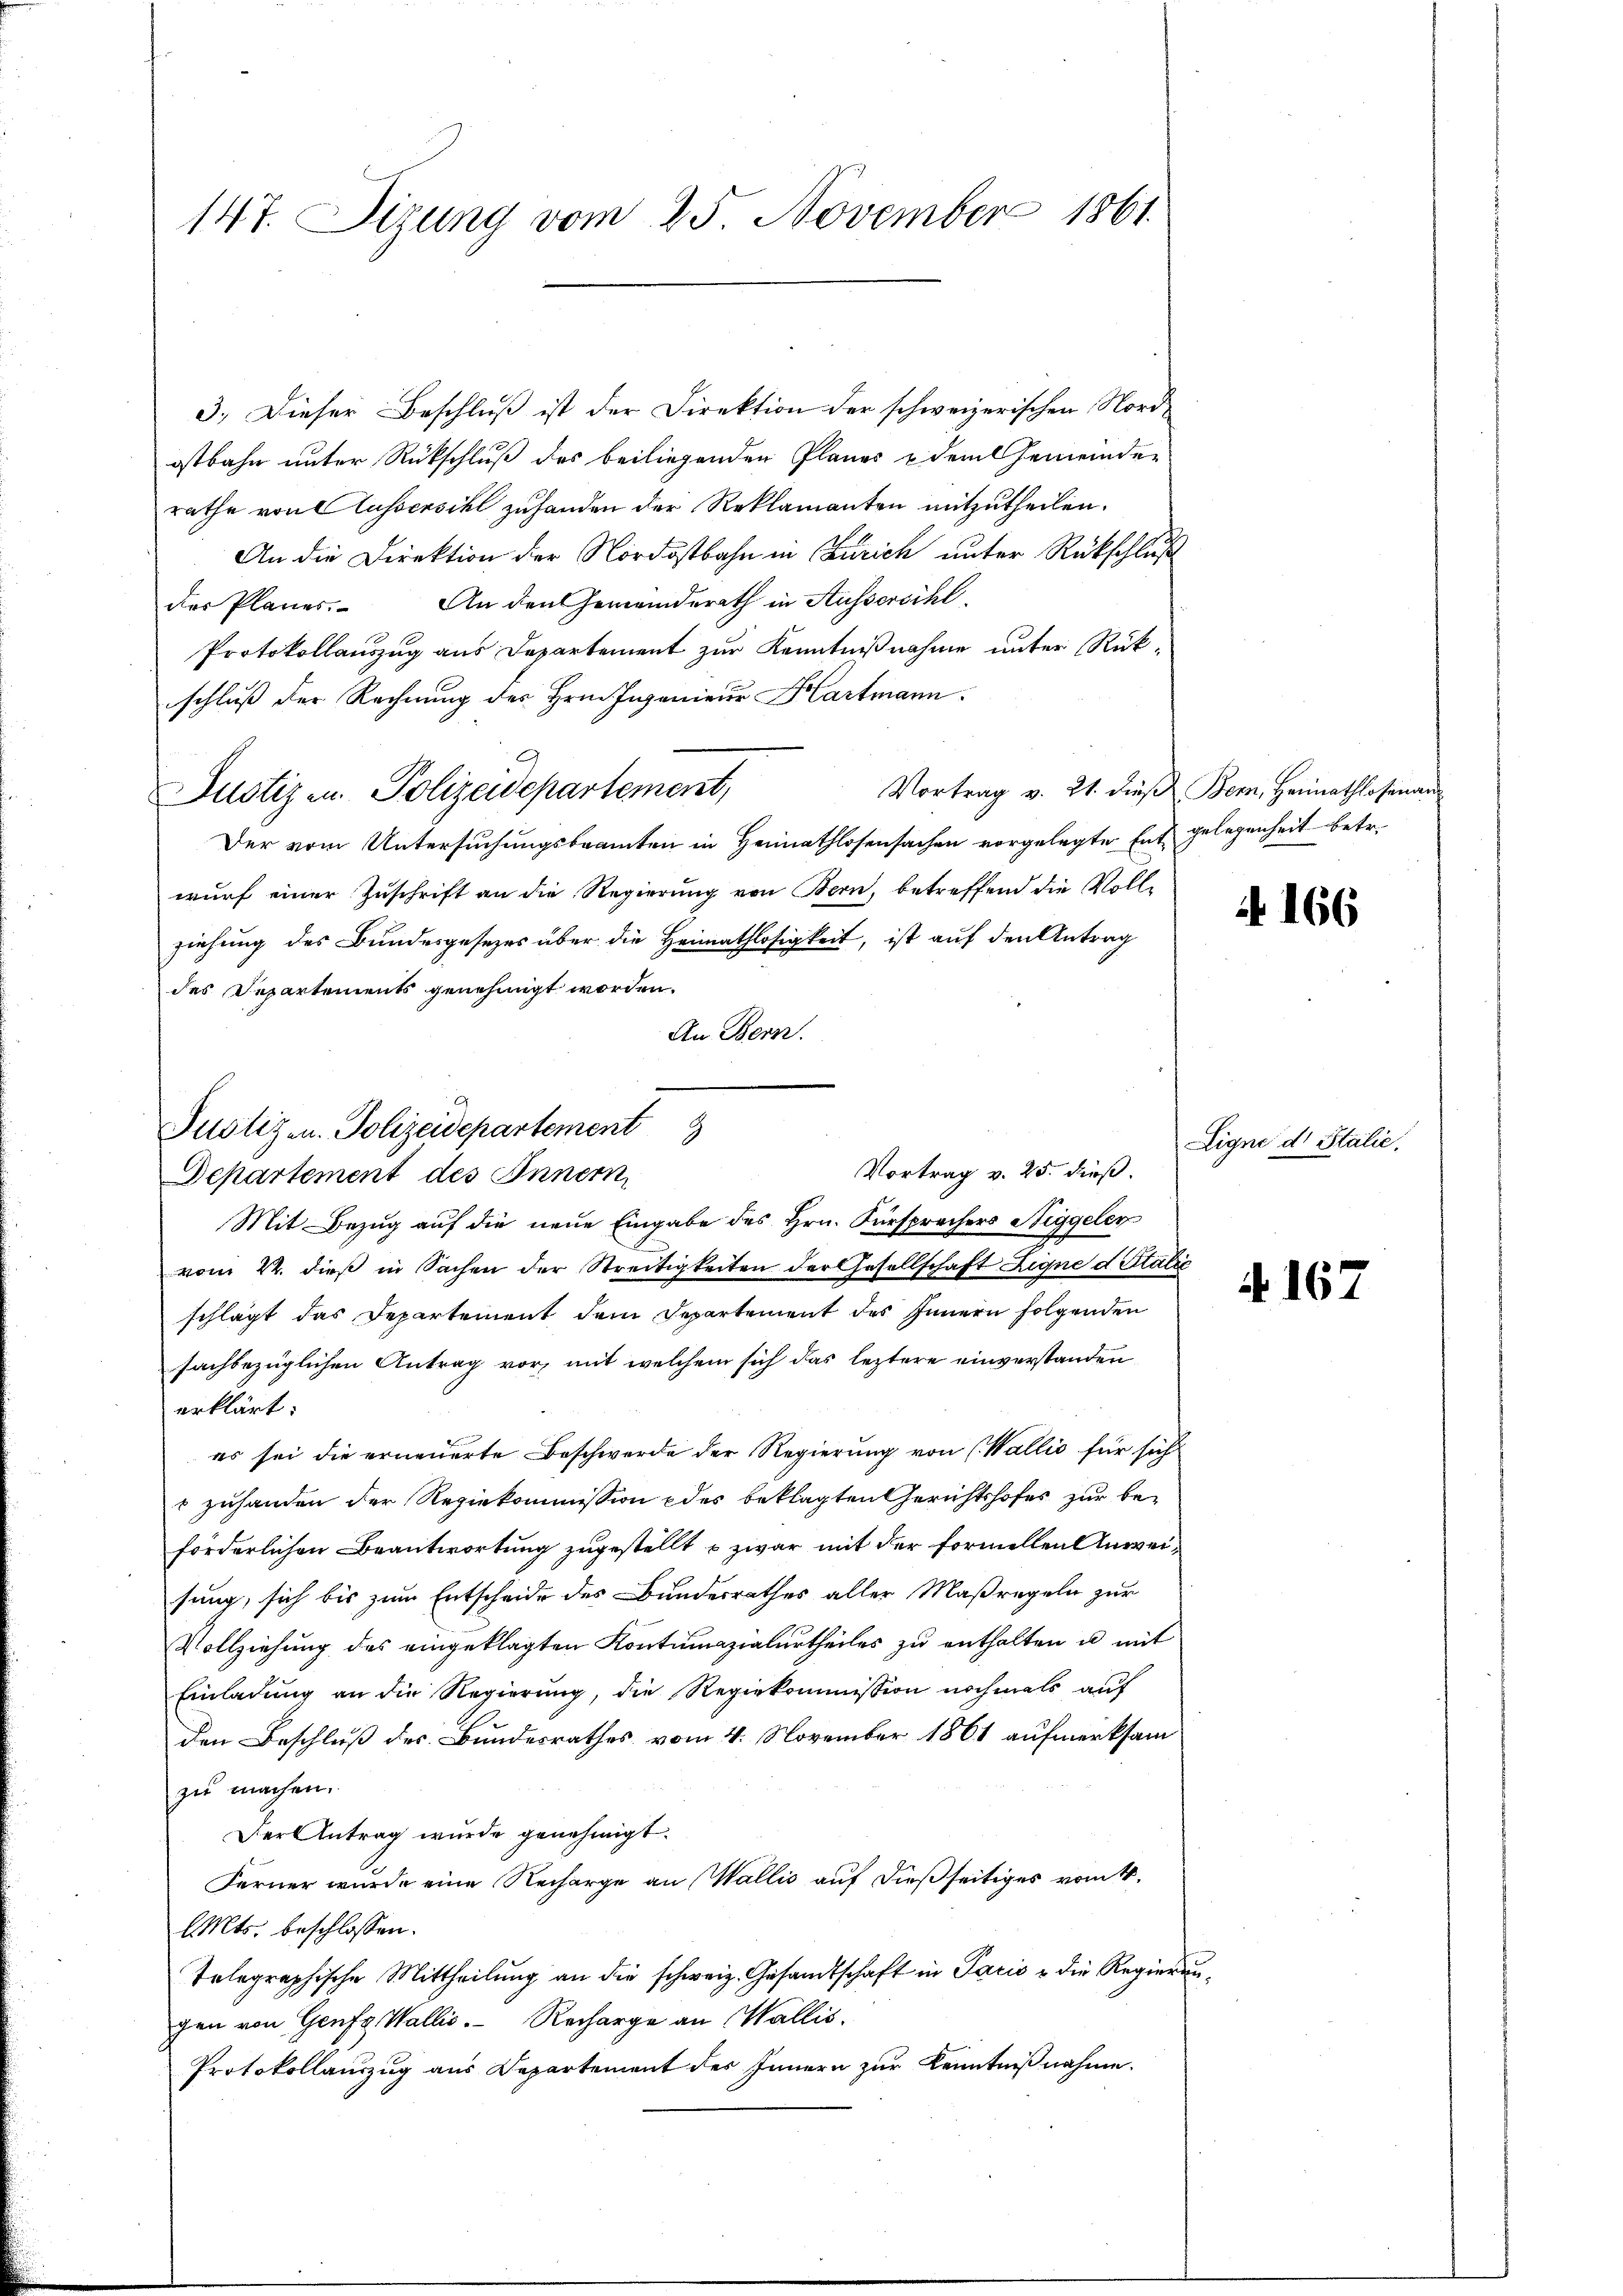
147. Sizung vom 25. November 1861

ostbahn unter Rückschluß des beiliegenden Planes u dem Gemeinden
rathe von Aussersihl zuhanden der Reklamanten mitzutheilen.
An die Direktion der Nordostbahn in Zürich unter Rückschluß
des Planes. An den Gemeinderath in Aussersihl,
Protokollauszug aus Departement zur Kenntnißnahme unter Rückschluß der Rechnung des Hrn. Ingenieur Hartmann.
Justiz- u. Polizeidepartement,
Der vom Untersuchungsbeamten in Heimathlosensachen vorgelegte Ent gelegenheit betr.
wurf einer Zuschrift an die Regierung von Bern, betreffend die Voll-
ziehung des Bundesgesetzes über die Heimathlosigkeit, ist auf den Antrag
des Departements genehmigt worden.
An Bern.
Mit Bezug auf die neue Eingabe des Hrn. Fürsprechers Niggeler
vom 22. dieß in Sachen der Streitigkeiten der Gesellschaft Zigne d italie
schlägt das Departement dem Departement des Innern folgenden
sachbezüglichen Antrag vor, mit welchem sich das leztere einverstanden
erklärt:
es sei die erneuerte Beschwerde der Regierung von (Wallis für sich
 zuhanden der Regiekommission des beklagten Gerichtshofes zur beforderlichen Beantwortung zugestellt u zwar mit der formellen Anweisung, sich bis zum Entscheide des Bundesrathes aller Maßregeln zur
Vollziehung des eingeklagten Kontumazialurtheiles zu enthalten u. mit
Einladung an die Regierung, die Regierkommission nochmals auf
den Beschluß des Bundesrathes vom 4. November 1861 aufmerksam
zu machen.
Der Antrag wurde genehmigt.
Ferner wurde eine Recharge an Wallis auf dießseitiges vom 4.
l. Mts. beschlossen:
Telegraphische Mittheilŭng an die schweiz. Gesandtschaft in Paris u die Regierŭn
gen von Genfg Wallis. Recharge an Wallis.
Protokollauszug aus Departement des Innern zur Kenntnißnahme.

3. Dieser Beschluß ist der Direktion der schweizerischen Nord¬

Justizen. Polizeidepartement
Vortrag v. 25. dieß.
Departement des Innern,

Vortrag v. 21. dieß Bern, Heimathlosenan

166

Ligne d. Stalie,

e

f. 167